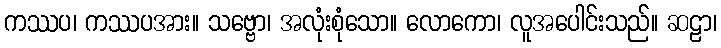
ကဿပ၊ ကဿပအား။ သဗ္ဗော၊ အလုံးစုံသော။ လောကော၊ လူအပေါင်းသည်။ ဆဠာ၊